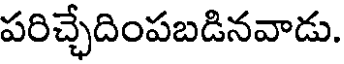
పరిచ్చేదింపబడినవాడు.